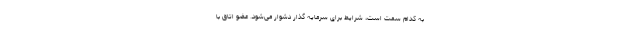
به کدام سمت است، شرایط برای سرمایه گذار دشوار می‌شود. عضو اتاق با